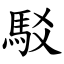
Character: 駁